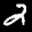
Label: 2